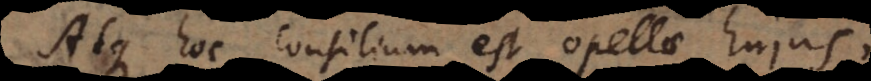
Atque hoc consilium est opellae hujus,